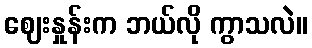
ဈေးနှုန်းက ဘယ်လို ကွာသလဲ။